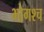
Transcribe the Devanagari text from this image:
भोगश्च